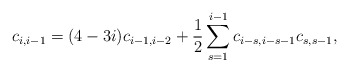
\begin{align*}c_{i,i-1}=(4-3i)c_{i-1,i-2}+\frac{1}{2}\sum_{s=1}^{i-1}c_{i-s,i-s-1}c_{s,s-1},\end{align*}